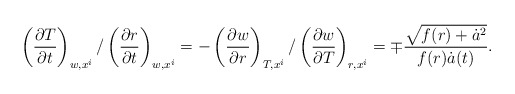
\begin{align*}\left(\frac{\partial T}{\partial t}\right)_{w,x^i}/\left(\frac{\partial r}{\partial t}\right)_{w,x^i} = - \left(\frac{\partial w}{\partial r}\right)_{T,x^i}/\left(\frac{\partial w}{\partial T}\right)_{r,x^i} = \mp\frac{\sqrt{f(r)+\dot{a}^2}}{f(r)\dot{a}(t)}.\end{align*}